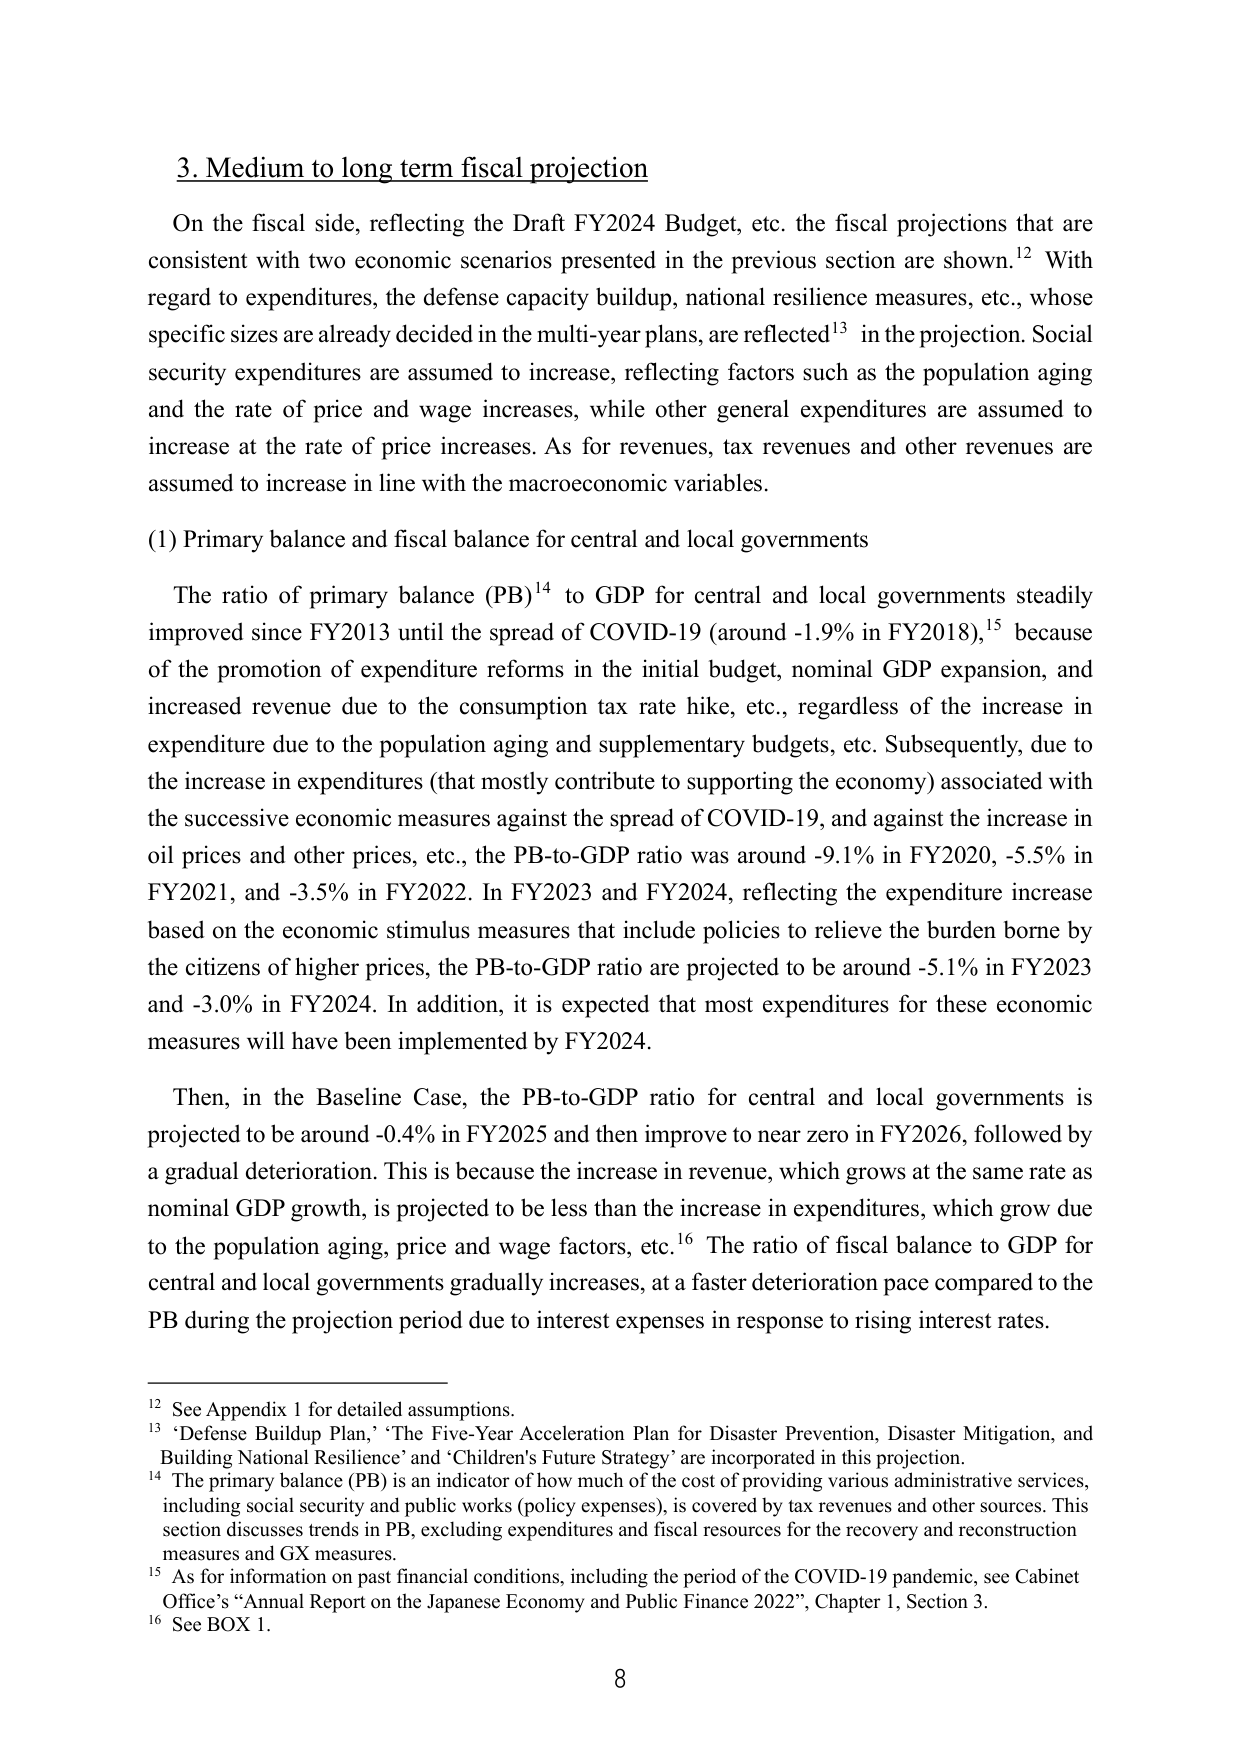
3. Medium to long term fiscal projection

On the fiscal side, reflecting the Draft FY2024 Budget, etc. the fiscal projections that are consistent with two economic scenarios presented in the previous section are shown.¹² With regard to expenditures, the defense capacity buildup, national resilience measures, etc., whose specific sizes are already decided in the multi-year plans, are reflected¹³ in the projection. Social security expenditures are assumed to increase, reflecting factors such as the population aging and the rate of price and wage increases, while other general expenditures are assumed to increase at the rate of price increases. As for revenues, tax revenues and other revenues are assumed to increase in line with the macroeconomic variables.

(1) Primary balance and fiscal balance for central and local governments

The ratio of primary balance (PB)¹⁴ to GDP for central and local governments steadily improved since FY2013 until the spread of COVID-19 (around -1.9% in FY2018),¹⁵ because of the promotion of expenditure reforms in the initial budget, nominal GDP expansion, and increased revenue due to the consumption tax rate hike, etc., regardless of the increase in expenditure due to the population aging and supplementary budgets, etc. Subsequently, due to the increase in expenditures (that mostly contribute to supporting the economy) associated with the successive economic measures against the spread of COVID-19, and against the increase in oil prices and other prices, etc., the PB-to-GDP ratio was around -9.1% in FY2020, -5.5% in FY2021, and -3.5% in FY2022. In FY2023 and FY2024, reflecting the expenditure increase based on the economic stimulus measures that include policies to relieve the burden borne by the citizens of higher prices, the PB-to-GDP ratio are projected to be around -5.1% in FY2023 and -3.0% in FY2024. In addition, it is expected that most expenditures for these economic measures will have been implemented by FY2024.

Then, in the Baseline Case, the PB-to-GDP ratio for central and local governments is projected to be around -0.4% in FY2025 and then improve to near zero in FY2026, followed by a gradual deterioration. This is because the increase in revenue, which grows at the same rate as nominal GDP growth, is projected to be less than the increase in expenditures, which grow due to the population aging, price and wage factors, etc.¹⁶ The ratio of fiscal balance to GDP for central and local governments gradually increases, at a faster deterioration pace compared to the PB during the projection period due to interest expenses in response to rising interest rates.

¹² See Appendix 1 for detailed assumptions.
¹³ ‘Defense Buildup Plan,’ ‘The Five-Year Acceleration Plan for Disaster Prevention, Disaster Mitigation, and Building National Resilience’ and ‘Children’s Future Strategy’ are incorporated in this projection.
¹⁴ The primary balance (PB) is an indicator of how much of the cost of providing various administrative services, including social security and public works (policy expenses), is covered by tax revenues and other sources. This section discusses trends in PB, excluding expenditures and fiscal resources for the recovery and reconstruction measures and GX measures.
¹⁵ As for information on past financial conditions, including the period of the COVID-19 pandemic, see Cabinet Office’s “Annual Report on the Japanese Economy and Public Finance 2022”, Chapter 1, Section 3.
¹⁶ See BOX 1.

8